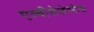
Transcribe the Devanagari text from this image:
एल्बीसेलेस्टेस